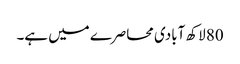
80 لاکھ آبادی محاصرے میں ہے۔